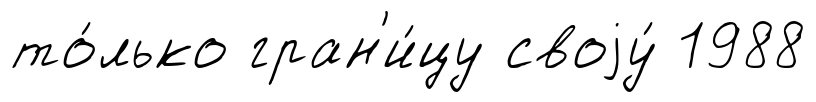
то́лько гран'и́цу своjу́ 1988